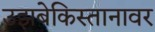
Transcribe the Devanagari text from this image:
उझबेकिस्तानावर